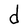
Character: d